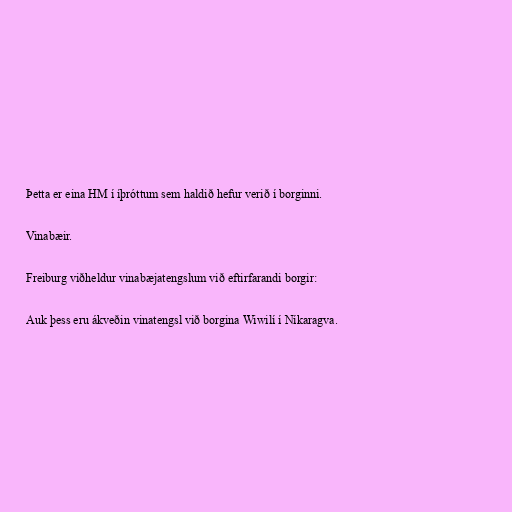
Þetta er eina HM í íþróttum sem haldið hefur verið í borginni.

Vinabæir.

Freiburg viðheldur vinabæjatengslum við eftirfarandi borgir:

Auk þess eru ákveðin vinatengsl við borgina Wiwilí í Níkaragva.